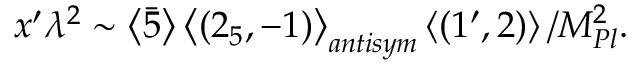
x ^ { \prime } \lambda ^ { 2 } \sim \left\langle \bar { 5 } \right\rangle \left\langle ( 2 _ { 5 } , - 1 ) \right\rangle _ { a n t i s y m } \left\langle ( 1 ^ { \prime } , 2 ) \right\rangle / M _ { P l } ^ { 2 } .